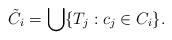
\begin{align*}\tilde{C}_i = \bigcup\{T_j : c_j \in C_i\}.\end{align*}